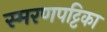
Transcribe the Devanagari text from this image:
स्मरणपट्टिका